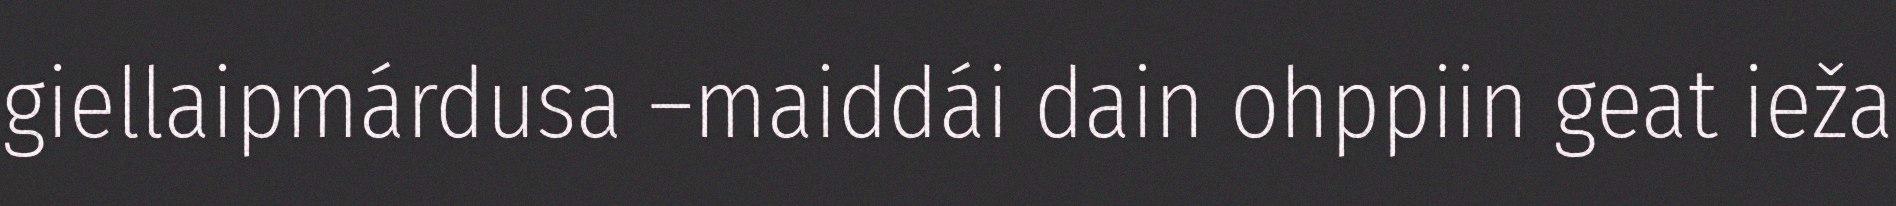
giellaipmárdusa –maiddái dain ohppiin geat ieža